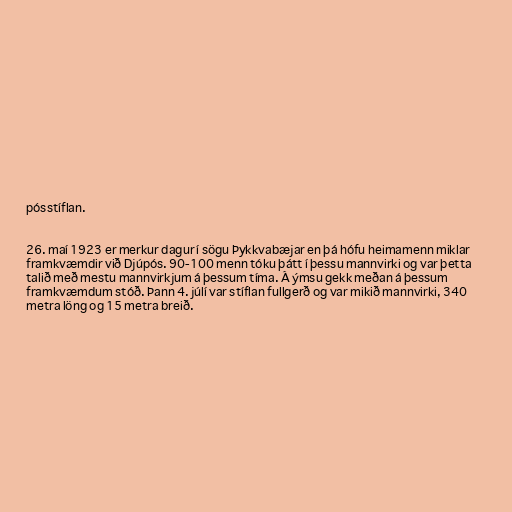
pósstíflan.

26. maí 1923 er merkur dagur í sögu Þykkvabæjar en þá hófu heimamenn miklar
framkvæmdir við Djúpós. 90-100 menn tóku þátt í þessu mannvirki og var þetta
talið með mestu mannvirkjum á þessum tíma. Á ýmsu gekk meðan á þessum
framkvæmdum stóð. Þann 4. júlí var stíflan fullgerð og var mikið mannvirki, 340
metra löng og 15 metra breið.